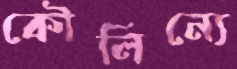
কৌলিন্যে